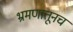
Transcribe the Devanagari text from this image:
भ्रमणातूनच